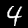
Digit: 4